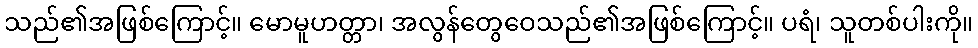
သည်၏အဖြစ်ကြောင့်။ မောမူဟတ္တာ၊ အလွန်တွေဝေသည်၏အဖြစ်ကြောင့်။ ပရံ၊ သူတစ်ပါးကို။